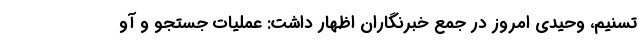
تسنیم، وحیدی امروز در جمع خبرنگاران اظهار داشت: عملیات جستجو و آو